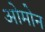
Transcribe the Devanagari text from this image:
ओमोन